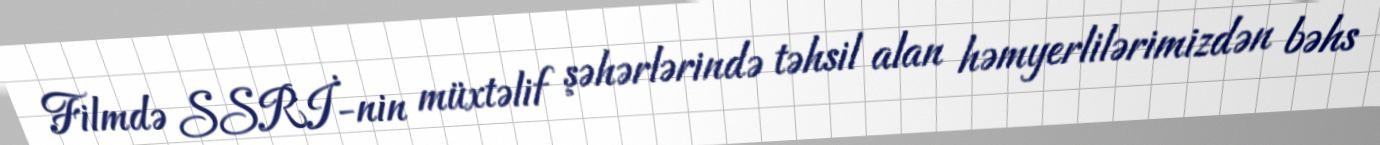
Filmdə SSRİ-nin müxtəlif şəhərlərində təhsil alan həmyerlilərimizdən bəhs